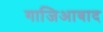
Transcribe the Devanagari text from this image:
गाजिआबाद